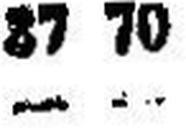
— —